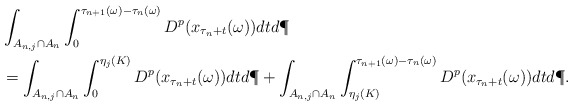
\begin{align*} &\int_{A_{n,j} \cap A_n} \int_0^{\tau_{n+1}(\omega) - \tau_n(\omega)} D^p(x_{\tau_n +t}(\omega)) dt d\P \\ & = \int_{A_{n,j} \cap A_n}\int_0^{\eta_j(K)} D^p(x_{\tau_n +t}(\omega))dt d\P + \int_{A_{n,j} \cap A_n}\int_{\eta_j(K)}^{\tau_{n+1}(\omega) - \tau_n(\omega)} D^p(x_{\tau_n +t}(\omega))dt d\P. \end{align*}